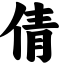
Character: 倩